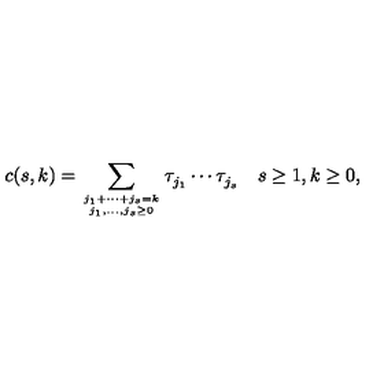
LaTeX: c ( s , k ) = \sum _ { j _ { 1 } + \cdots + j _ { s } = k \atop j _ { 1 } , \ldots , j _ { s } \geq 0 } \tau _ { j _ { 1 } } ^ { } \cdots \tau _ { j _ { s } } ^ { } \quad s \geq 1 , k \geq 0 ,